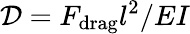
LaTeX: \mathcal{D}=F_{\mathrm{drag}}l^{2}/EI